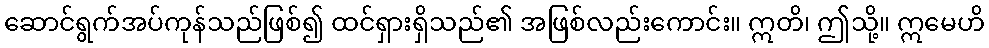
ဆောင်ရွက်အပ်ကုန်သည်ဖြစ်၍ ထင်ရှားရှိသည်၏ အဖြစ်လည်းကောင်း။ ဣတိ၊ ဤသို့။ ဣမေဟိ